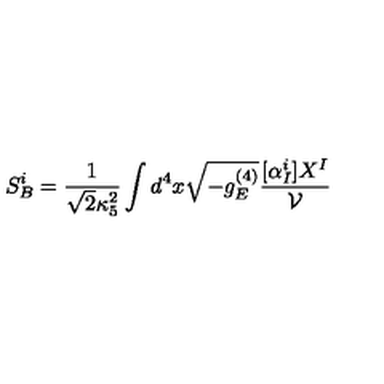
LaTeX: S _ { B } ^ { i } = \frac { 1 } { \sqrt 2 \kappa _ { 5 } ^ { 2 } } \int d ^ { 4 } x \sqrt { - g _ { E } ^ { ( 4 ) } } \frac { [ \alpha _ { I } ^ { i } ] X ^ { I } } { \cal V }